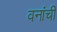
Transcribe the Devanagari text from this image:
वनांची